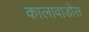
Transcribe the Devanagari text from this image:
कालावाडोस